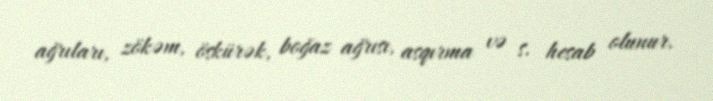
ağrıları, zökəm, öskürək, boğaz ağrısı, asqırma və s. hesab olunur.